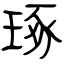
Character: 琢